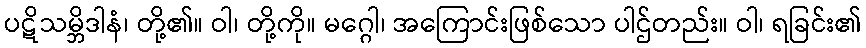
ပဋိသမ္ဘိဒါနံ၊ တို့၏။ ဝါ၊ တို့ကို။ မဂ္ဂေါ၊ အကြောင်းဖြစ်သော ပါဌ်တည်း။ ဝါ၊ ရခြင်း၏